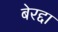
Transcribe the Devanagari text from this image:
बेरद्दा